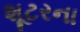
શૂટરના